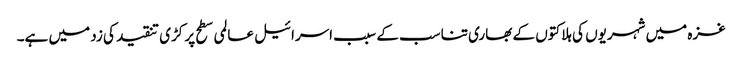
غزہ میں شہریوں کی ہلاکتوں کے بھاری تناسب کے سبب اسرائیل عالمی سطح پر کڑی تنقید کی زد میں ہے۔